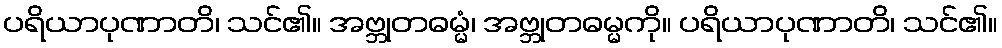
ပရိယာပုဏာတိ၊ သင်၏။ အဗ္ဘုတဓမ္မံ၊ အဗ္ဘုတဓမ္မကို။ ပရိယာပုဏာတိ၊ သင်၏။